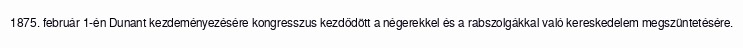
1875. február 1-én Dunant kezdeményezésére kongresszus kezdődött a négerekkel és a rabszolgákkal való kereskedelem megszüntetésére.